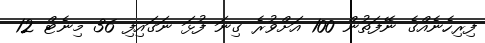
ފިރިހެނެއްގެ ނޭފަތުން 100 އަށްވުރެ ގިނަ ފުޅަ ނަގައިފި 36 މިނެޓް 12